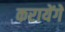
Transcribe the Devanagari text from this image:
करायेंगें